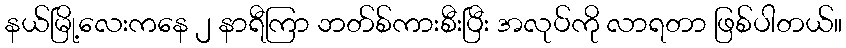
နယ်မြို့လေးကနေ ၂ နာရီကြာ ဘတ်စ်ကားစီးပြီး အလုပ်ကို လာရတာ ဖြစ်ပါတယ်။